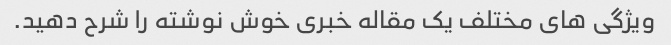
ویژگی های مختلف یک مقاله خبری خوش نوشته را شرح دهید.